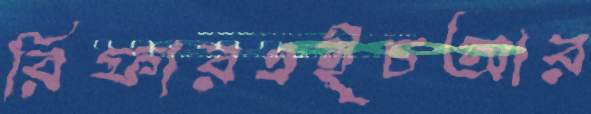
রিফারএইচআর